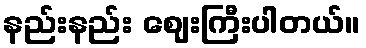
နည်းနည်း ဈေးကြီးပါတယ်။